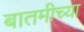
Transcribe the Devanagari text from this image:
बातमीच्या